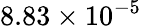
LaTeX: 8.83\times 10^{-5}